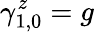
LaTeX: \gamma_{1,0}^{z}=g